Plague in India, 1896, 1897 - Volume 1
Year: 1896
Disease focus: Plague
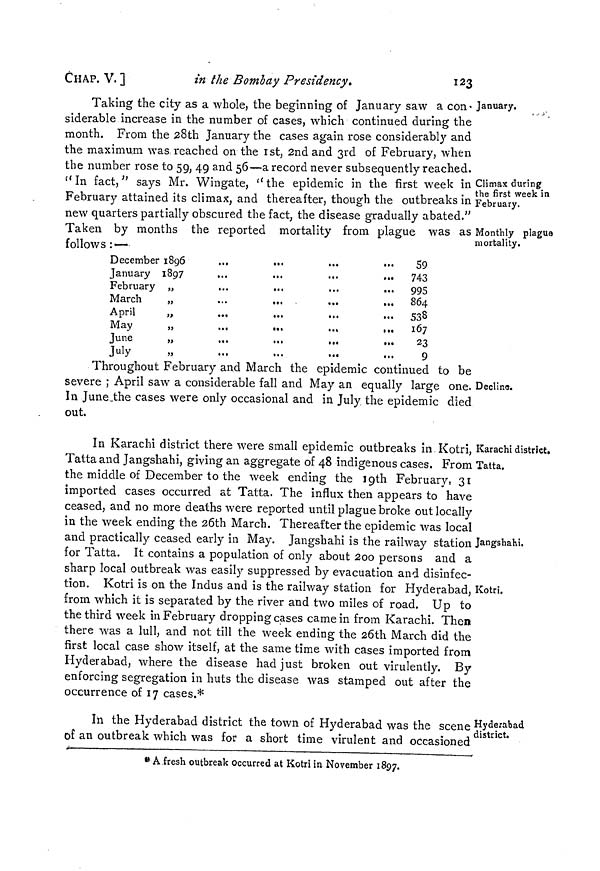
CHAP. V. ]
in the Bombay Presidency.
123
January.
Climax during
the first week in
February.
Monthly plague
mortality.
Taking the city as a whole, the beginning of January saw a con-
siderable increase in the number of cases, which continued during the
month. From the 28th January the cases again rose considerably and
the maximum was reached on the 1st, 2nd and 3rd of February, when
the number rose to 59, 49 and 56—a record never subsequently reached.
"In fact," says Mr. Wingate, ''the epidemic in the first week in
February attained its climax, and thereafter, though the outbreaks in
new quarters partially obscured the fact, the disease gradually abated."
Taken by months the reported mortality from plague was as
follows :—
December 1896
...
...
...
...
January 1897
...
...
...
.
February „
...
...
...
.
March
„
...
...
April
„
May
June
„
July
59
743
995
864
53S
167
23
9
Declina.
Throughout February and March the epidemic continued to be
severe ; April saw a considerable fall and May an equally large one.
In June the cases were only occasional and in July the epidemic died
out.
Karachi district.
Tatta.
Jangshahi.
Kotri.
In Karachi district there were small epidemic outbreaks in Kotri,
Tatta and Jangshahi, giving an aggregate of 48 indigenous cases. From
the middle of December to the week ending the 19th February, 31
imported cases occurred at Tatta. The influx then appears to have
ceased, and no more deaths were reported until plague broke out locally
in the week ending the 26th March. Thereafter the epidemic was local
and practically ceased early in May. Jangshahi is the railway station
for Tatta. It contains a population of only about 200 persons and a
sharp local outbreak was easily suppressed by evacuation and disinfec-
tion. Kotri is on the Indus and is the railway station for Hyderabad,
from which it is separated by the river and two miles of road. Up to
the third week in February dropping cases came in from Karachi. Then
there was a lull, and not till the week ending the 26th March did the
first local case show itself, at the same time with cases imported from
Hyderabad, where the disease had just broken out virulently. By
enforcing segregation in huts the disease was stamped out after the
occurrence of 17 cases.*
Hyderabad
district.
In the Hyderabad district the town of Hyderabad was the scene
of an outbreak which was for a short time virulent and occasioned
* A fresh outbreak occurred at Kotri in November 1897.